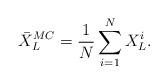
LaTeX: \begin{align*}\bar{X}_{L}^{MC}=\frac{1}{N}\sum^{N}_{i=1}X_{L}^{i}.\end{align*}